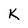
Character: K